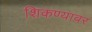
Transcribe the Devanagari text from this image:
शिकण्यावर